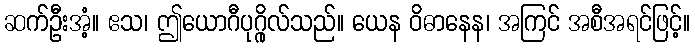
ဆက်ဦးအံ့။ ဧသ၊ ဤယောဂီပုဂ္ဂိုလ်သည်။ ယေန ဝိဓာနေန၊ အကြင် အစီအရင်ဖြင့်။